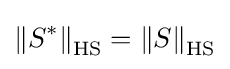
\left\|S^{*}\right\|_{\operatorname {HS} }=\left\|S\right\|_{\operatorname {HS} }